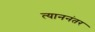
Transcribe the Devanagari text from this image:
त्याननंतर